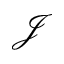
\mathcal { J }